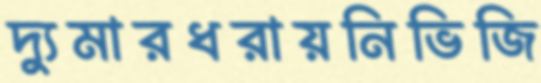
দ্যুমারধরায়নিভিজি